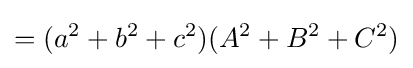
=(a^{2}+b^{2}+c^{2})(A^{2}+B^{2}+C^{2})